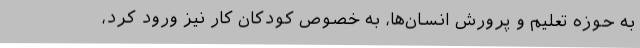
به حوزه تعلیم و پرورش انسان‌ها، به خصوص کودکان کار نیز ورود کرد،